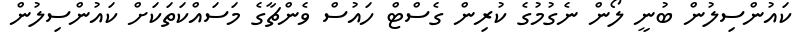
ކައުންސިލުން ބުނީ ލޯން ނެގުމުގެ ކުރިން ގެސްޓް ހައުސް ވެންޗާގެ މަސައްކަތަކަށް ކައުންސިލުން